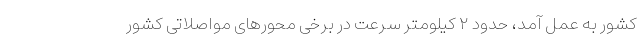
کشور به عمل آمد، حدود ۲ کیلومتر سرعت در برخی محورهای مواصلاتی کشور